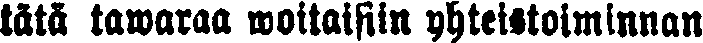
tätä tawaraa woitaisiin yhteistoiminnan